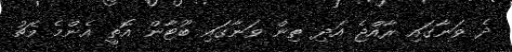
ދެ ވަނާގައި ރާއްޖެ އަދި ތިން ވަނާގައި ބޫޓާން އޮތީ އެންމެ މެޗު